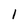
Character: I